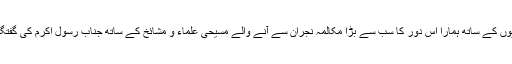
مسیحیوں کے ساتھ ہمارا اس دور کا سب سے بڑا مکالمہ نجران سے آنے والے مسیحی علماء و مشائخ کے ساتھ جناب رسول اکرمؐ کی گفتگو ہے۔